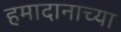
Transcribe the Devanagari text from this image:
हमादानाच्या